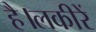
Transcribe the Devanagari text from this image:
है।लकीरें